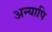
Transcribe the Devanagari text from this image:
अन्यापि